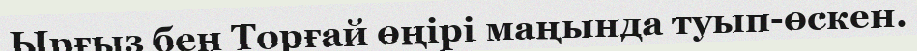
Ырғыз бен Торғай өңірі маңында туып-өскен.